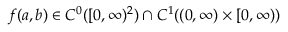
f ( a , b ) \in C ^ { 0 } ( [ 0 , \infty ) ^ { 2 } ) \cap C ^ { 1 } ( ( 0 , \infty ) \times [ 0 , \infty ) )